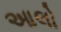
આલો